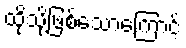
ထိုသို့ဖြစ်သောကြောင့်